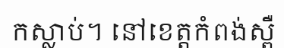
កស្លាប់។ នៅខេត្តកំពង់ស្ពឺ